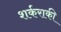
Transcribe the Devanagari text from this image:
शर्कराकी